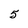
Character: 5